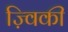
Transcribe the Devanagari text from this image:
ज़्विकी